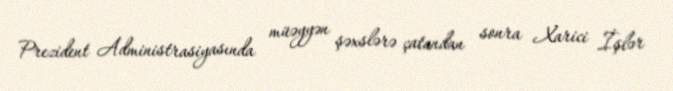
Prezident Administrasiyasında müəyyən şəxslərə çatandan sonra Xarici İşlər